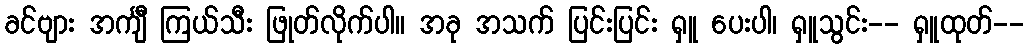
ခင်ဗျား အင်္ကျီ ကြယ်သီး ဖြုတ်လိုက်ပါ။ အခု အသက် ပြင်းပြင်း ရှူ ပေးပါ၊ ရှူသွင်း-- ရှူထုတ်--